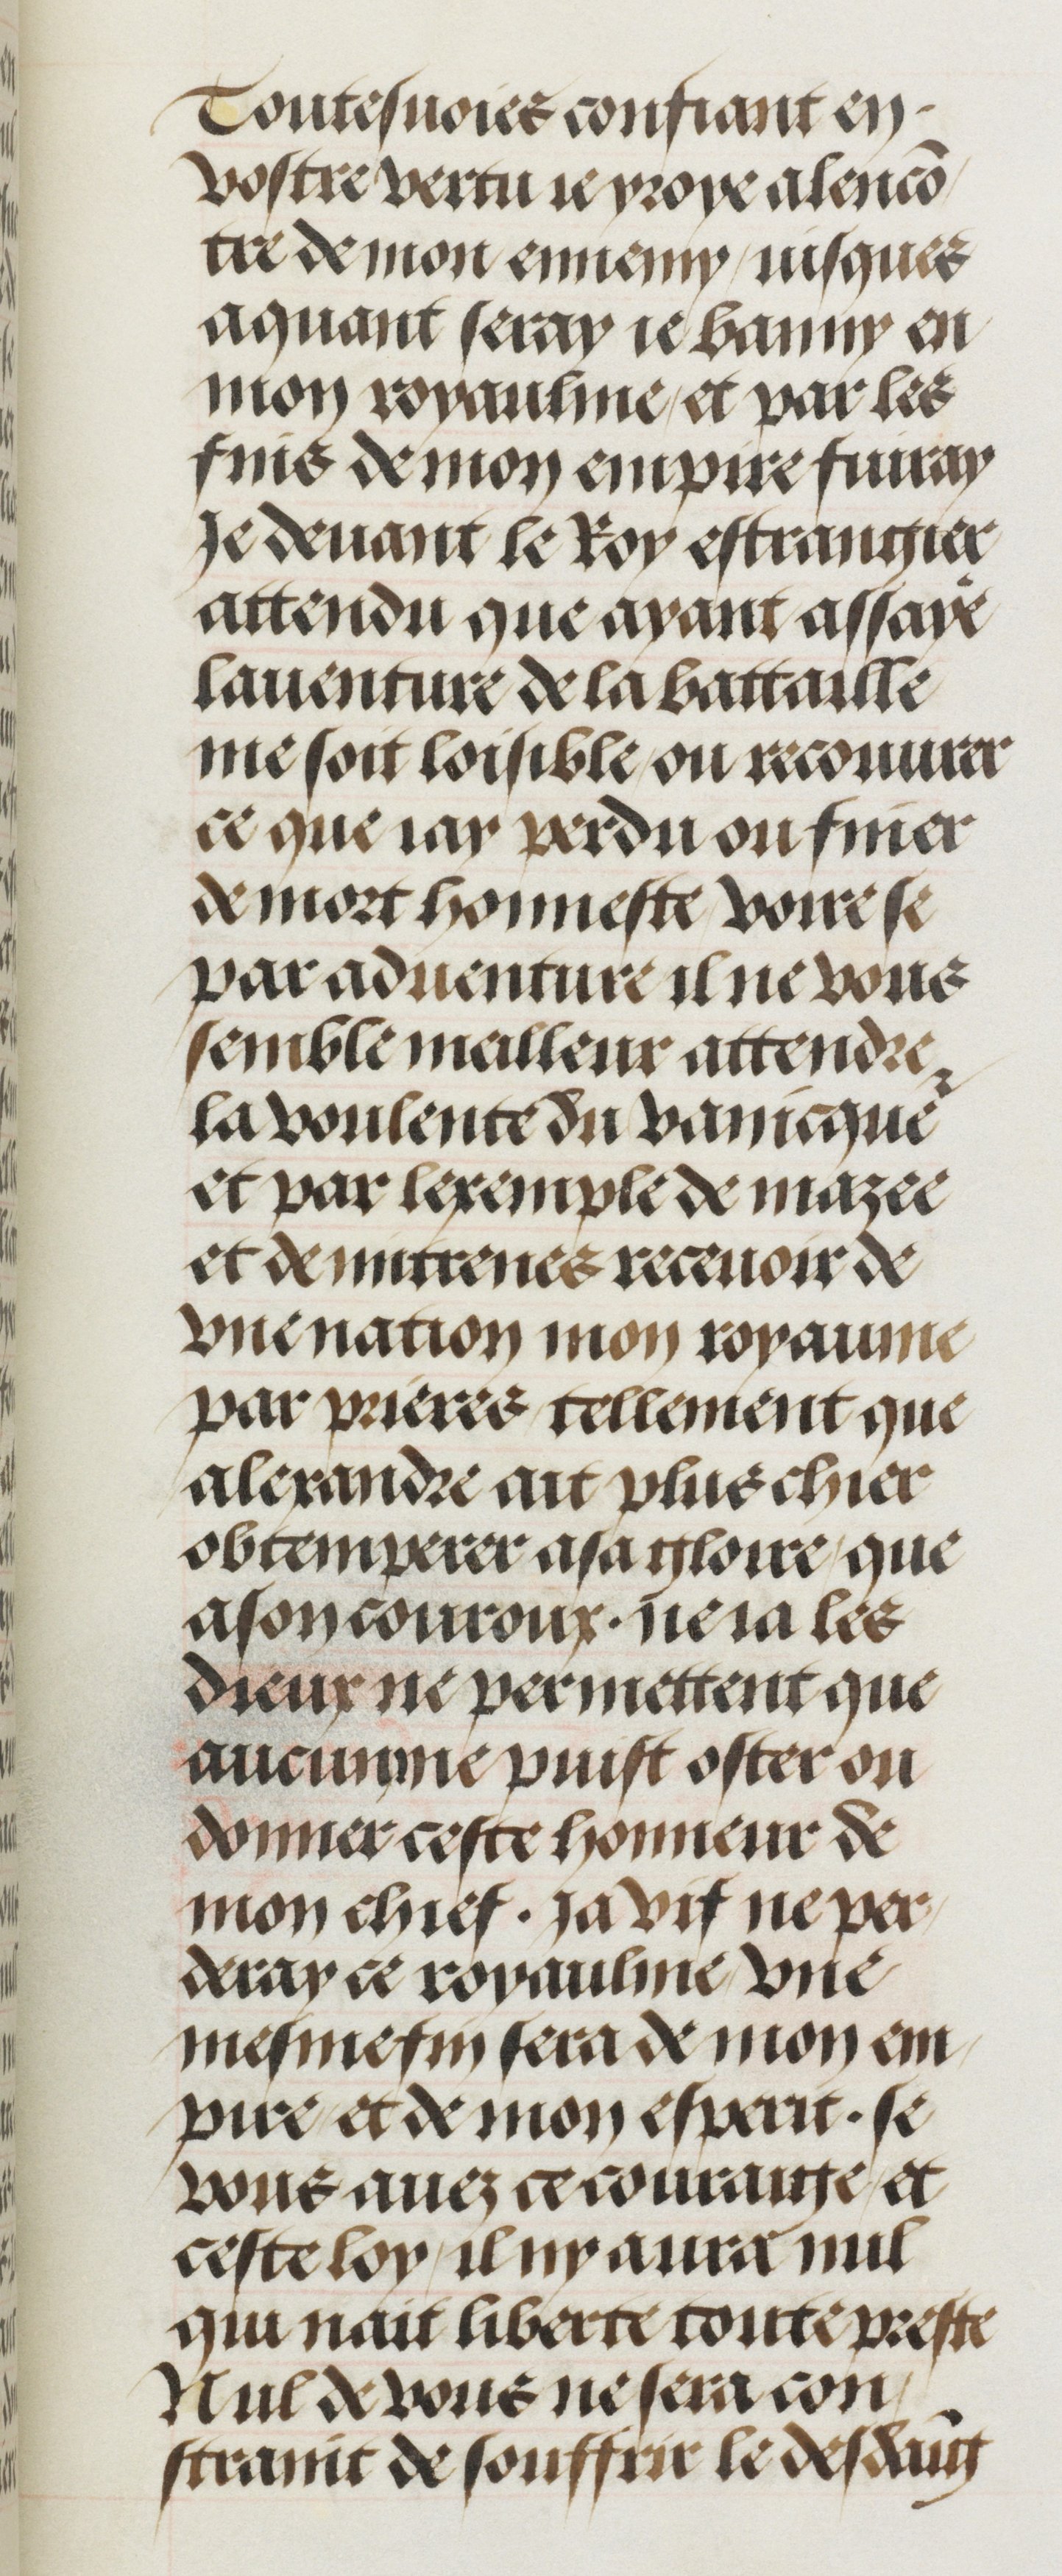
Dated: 1460–1515